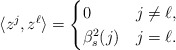
\begin{align*}\langle z^j, z^{\ell}\rangle & = \begin{cases} 0 & j\neq \ell,\\ \beta^2_s(j) & j=\ell. \end{cases}\end{align*}